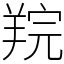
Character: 羦